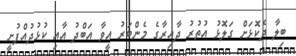
ބިލާ ދެކޮޅަށް ގަލޮޅު އުތުރު ދާއިރާގެ މެންބަރު އީވާ އަބްދު އާއި ކުޅުދުއްފުށީ